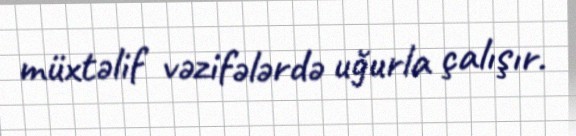
müxtəlif vəzifələrdə uğurla çalışır.